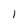
Character: 1